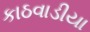
કાઠવાડીયા